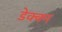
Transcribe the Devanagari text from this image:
डेक्क्न